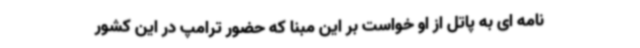
نامه ای به پاتل از او خواست بر این مبنا که حضور ترامپ در این کشور